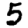
Digit: 5